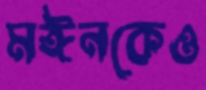
মঈনকেও